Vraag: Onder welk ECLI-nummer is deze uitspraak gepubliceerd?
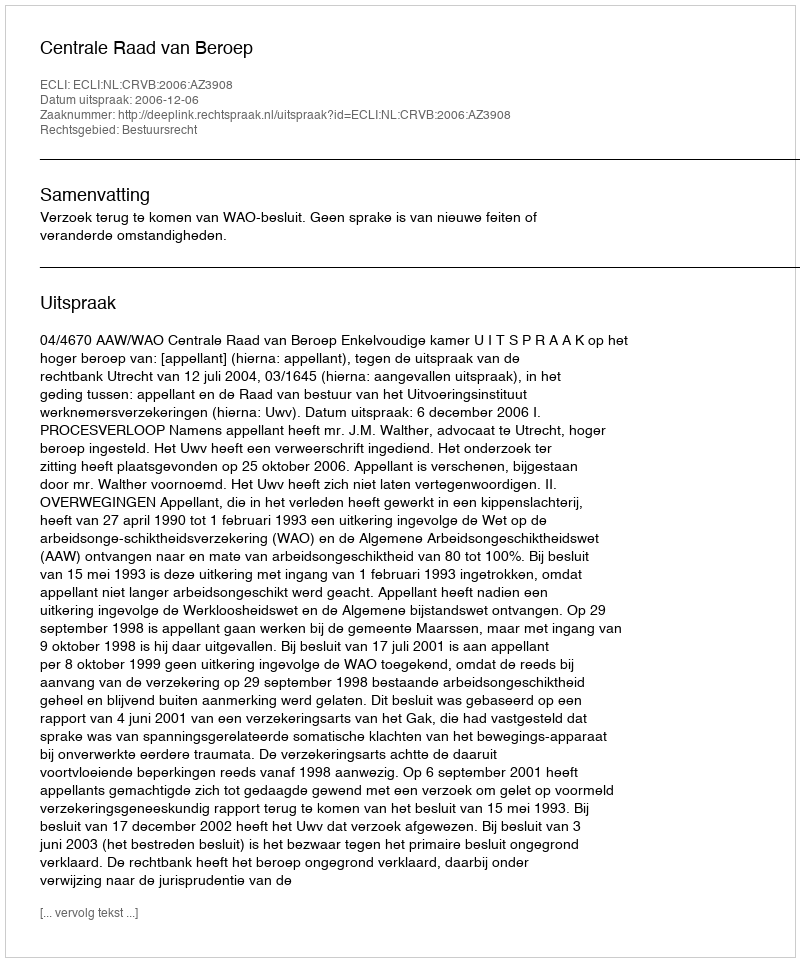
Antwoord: ECLI:NL:CRVB:2006:AZ3908